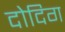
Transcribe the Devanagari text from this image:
दोदिग